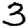
Digit: 3